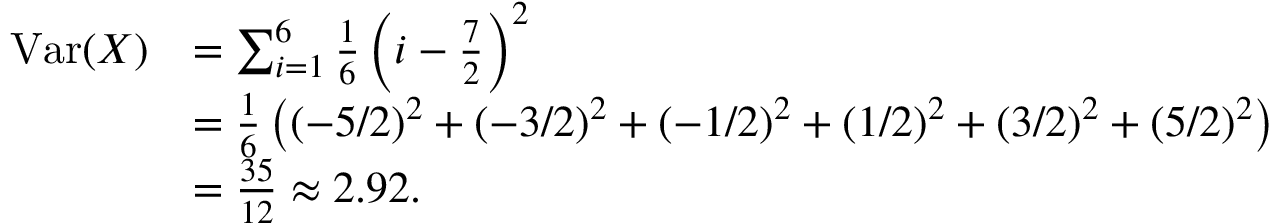
{ \begin{array} { r l } { \operatorname { V a r } ( X ) } & { = \sum _ { i = 1 } ^ { 6 } { \frac { 1 } { 6 } } \left( i - { \frac { 7 } { 2 } } \right) ^ { 2 } } \\ & { = { \frac { 1 } { 6 } } \left( ( - 5 / 2 ) ^ { 2 } + ( - 3 / 2 ) ^ { 2 } + ( - 1 / 2 ) ^ { 2 } + ( 1 / 2 ) ^ { 2 } + ( 3 / 2 ) ^ { 2 } + ( 5 / 2 ) ^ { 2 } \right) } \\ & { = { \frac { 3 5 } { 1 2 } } \approx 2 . 9 2 . } \end{array} }